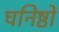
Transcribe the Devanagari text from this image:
घनिष्ठों